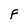
Character: F